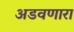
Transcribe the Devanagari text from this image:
अडवणारा